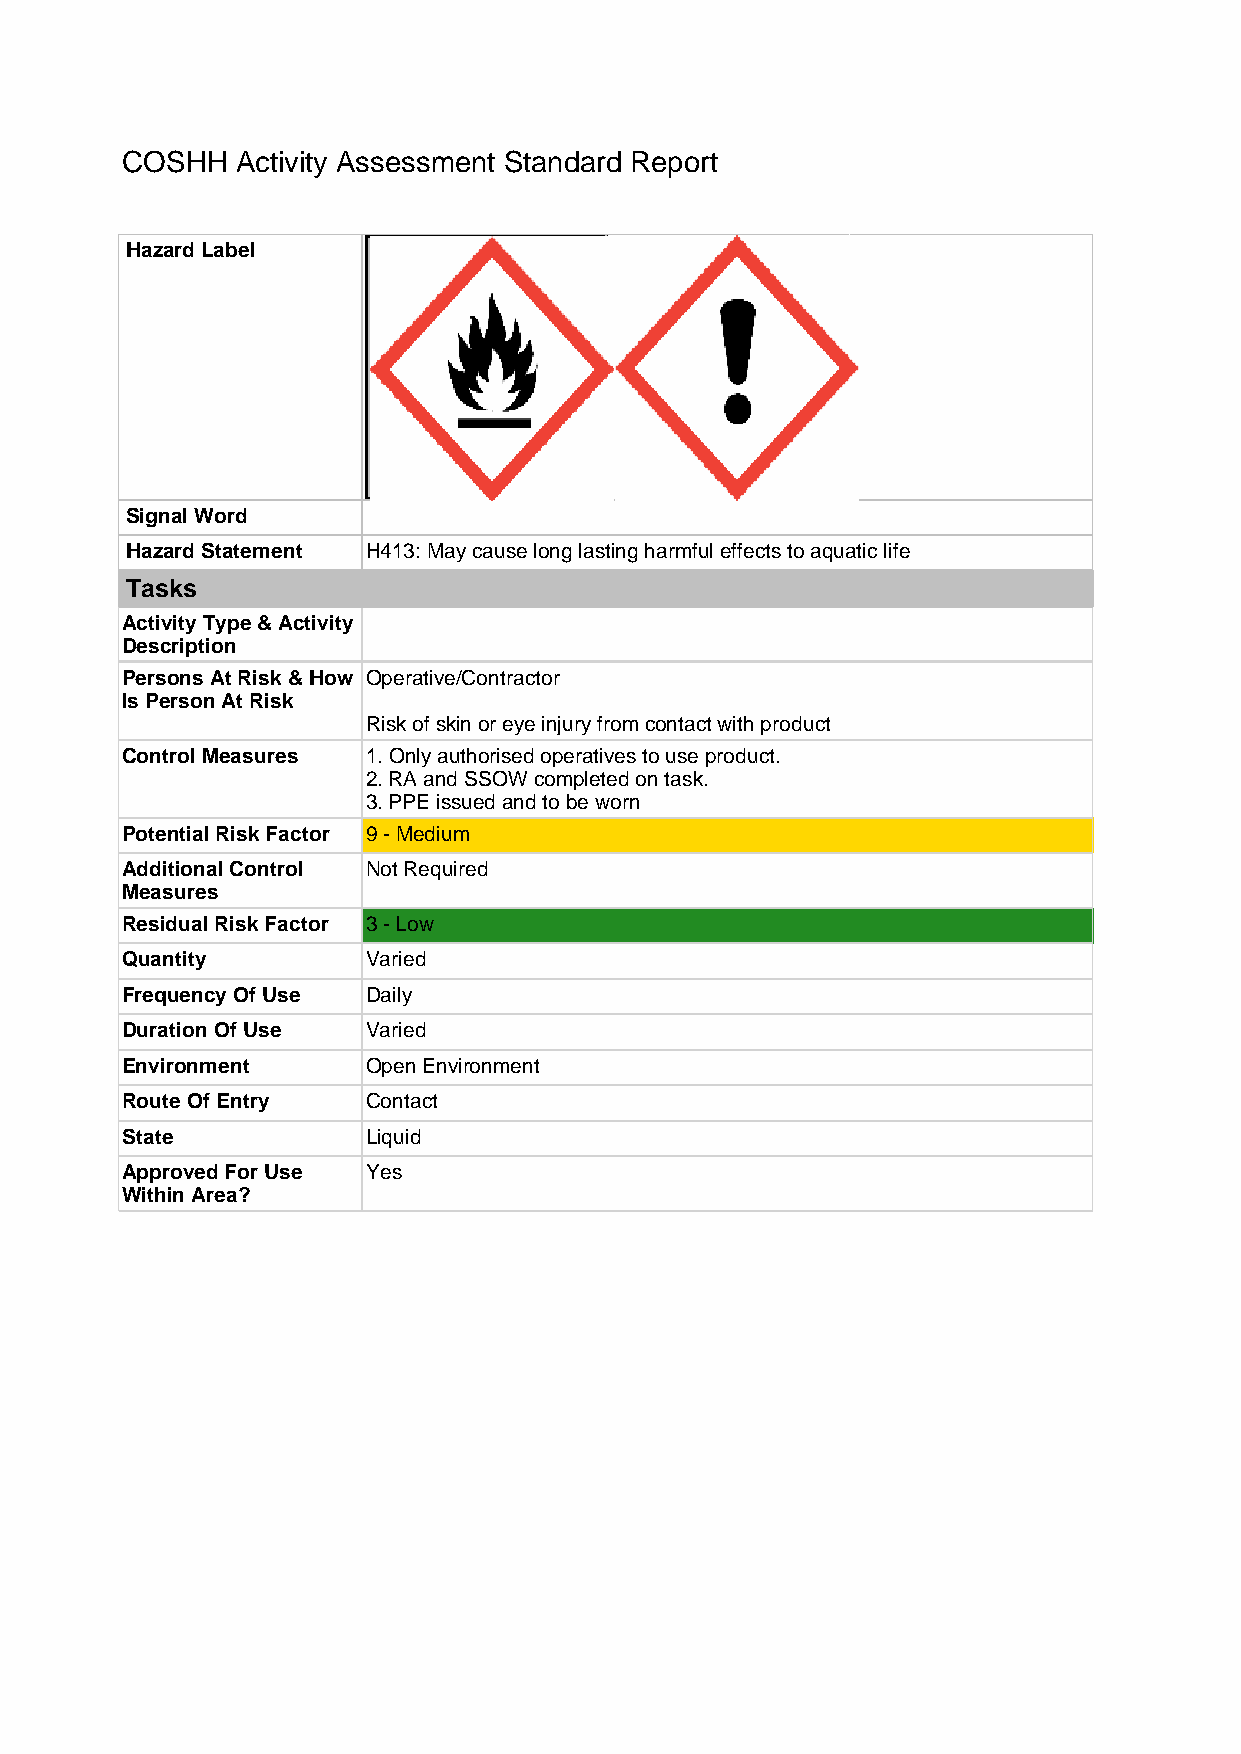
COSHH   Activity Assessment Standard Report
 Hazard Label
 Signal Word
 Hazard Statement H413: May cause long lasting harmful effects to aquatic life
 Tasks
 Activity Type & Activity
 Description
 Persons At Risk & How Operative/Contractor
 Is Person At Risk
 Risk of skin or eye injury from contact with product
 Control Measures 1.Only authorised operatives to use product.
 2.RA and SSOW completed on task.
 3.PPE issued and to be worn
 Potential Risk Factor 9 - Medium
 Additional Control Not Required
 Measures
 Residual Risk Factor 3 - Low
 Quantity        Varied
 Frequency Of Use Daily
 Duration Of Use Varied
 Environment     Open Environment
 Route Of Entry  Contact
 State           Liquid
 Approved For Use Yes
 Within Area?